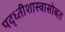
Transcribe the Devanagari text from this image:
पद्ध्तीशास्त्रासोबत